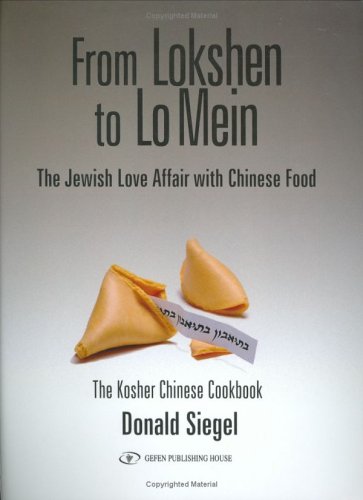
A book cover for From Lokshen to Lo Mein: The Jewish Love Affair with Chinese Food; Don Siegel; Cookbooks, Food & Wine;